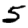
Digit: 5